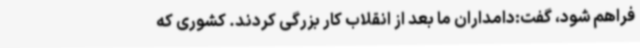
فراهم شود، گفت:دامداران ما بعد از انقلاب کار بزرگی کردند. کشوری که